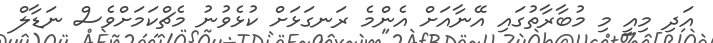
އަދި މިއީ މި މުބާރާތުގައި އޭނާއަށް އެންމެ ރަނގަޅަށް ކުޅެވުނު މެޗްކަމަށްވެސް ނަޑާލް